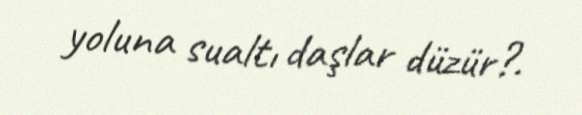
yoluna sualtı daşlar düzür?.